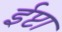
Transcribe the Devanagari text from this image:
ईप्टा